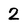
Character: 2